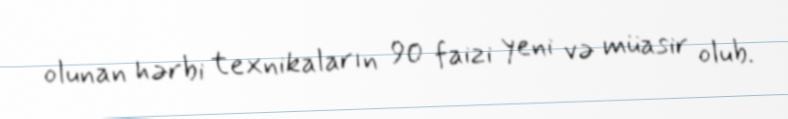
olunan hərbi texnikaların 90 faizi yeni və müasir olub.